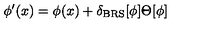
\phi ^ { \prime } ( x ) = \phi ( x ) + \delta _ { \mathrm { B R S } } [ \phi ] \Theta [ \phi ]